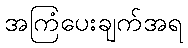
အကြံပေးချက်အရ